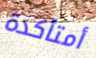
أمتأكدة